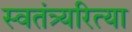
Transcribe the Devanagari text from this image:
स्वतंत्र्यरित्या